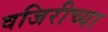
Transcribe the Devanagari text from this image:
वजिरीच्या